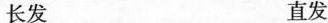
长发 直发